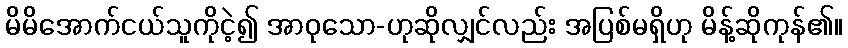
မိမိအောက်ငယ်သူကိုငဲ့၍ အာဝုသော-ဟုဆိုလျှင်လည်း အပြစ်မရှိဟု မိန့်ဆိုကုန်၏။